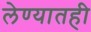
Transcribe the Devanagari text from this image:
लेण्यातही